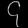
Digit: ၄